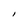
Character: I